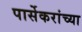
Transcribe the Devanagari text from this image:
पार्सेकरांच्या